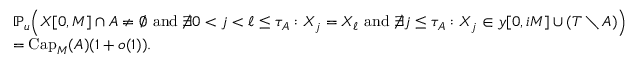
\begin{array} { r l } & { \mathbb { P } _ { u } \! \left( X [ 0 , M ] \cap A \neq \emptyset \ \mathrm { a n d } \ \not \exists 0 < j < \ell \leq \tau _ { A } : X _ { j } = X _ { \ell } \ \mathrm { a n d } \ \not \exists j \leq \tau _ { A } : X _ { j } \in y [ 0 , i M ] \cup ( T \setminus A ) \right) } \\ & { = \mathrm { C a p } _ { M } ( A ) ( 1 + o ( 1 ) ) . } \end{array}